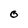
Character: O